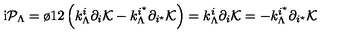
\mathrm { i } { \cal P } _ { \Lambda } = { \o { 1 } { 2 } } \left( k _ { \Lambda } ^ { i } \partial _ { i } { \cal K } - k _ { \Lambda } ^ { i ^ { \star } } \partial _ { i ^ { \star } } { \cal K } \right) = k _ { \Lambda } ^ { i } \partial _ { i } { \cal K } = - k _ { \Lambda } ^ { i ^ { \star } } \partial _ { i ^ { \star } } { \cal K }